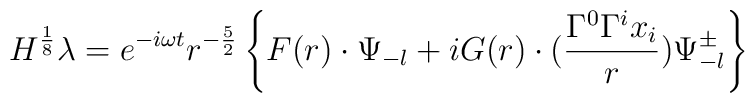
H^{\frac{1}{8}}\lambda=e^{-i\omega t}r^{-\frac{5}{2}} \left\{F(r)\cdot\Psi_{-l}+iG(r)\cdot   (\frac{\Gamma^0\Gamma^i x_i}{r})\Psi_{-l}^{\pm}\right\}